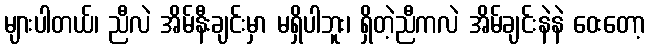
များပါတယ်၊ ညီလဲ အိမ်နီးချင်းမှာ မရှိပါဘူး၊ ရှိတဲ့ညီကလဲ အိမ်ချင်းနဲနဲ ဝေးတော့